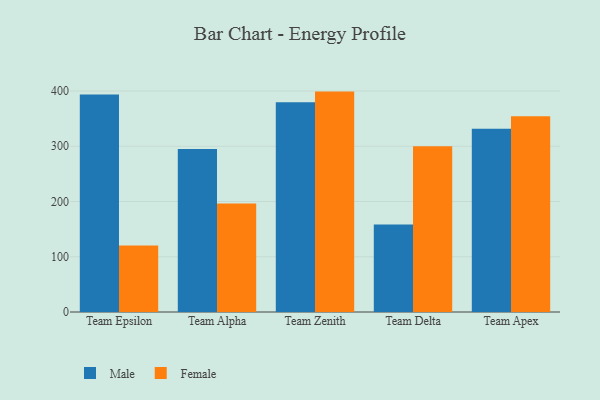
{"axis": {"x": "Team", "y": "Inventory Turnover"}, "legend": ["Female", "Male"], "data": [{"x": "Team Epsilon", "y": 393.5, "type": "Male"}, {"x": "Team Epsilon", "y": 120.4, "type": "Female"}, {"x": "Team Alpha", "y": 294.9, "type": "Male"}, {"x": "Team Alpha", "y": 196.3, "type": "Female"}, {"x": "Team Zenith", "y": 379.5, "type": "Male"}, {"x": "Team Zenith", "y": 398.9, "type": "Female"}, {"x": "Team Delta", "y": 158.2, "type": "Male"}, {"x": "Team Delta", "y": 300.0, "type": "Female"}, {"x": "Team Apex", "y": 331.5, "type": "Male"}, {"x": "Team Apex", "y": 354.3, "type": "Female"}]}